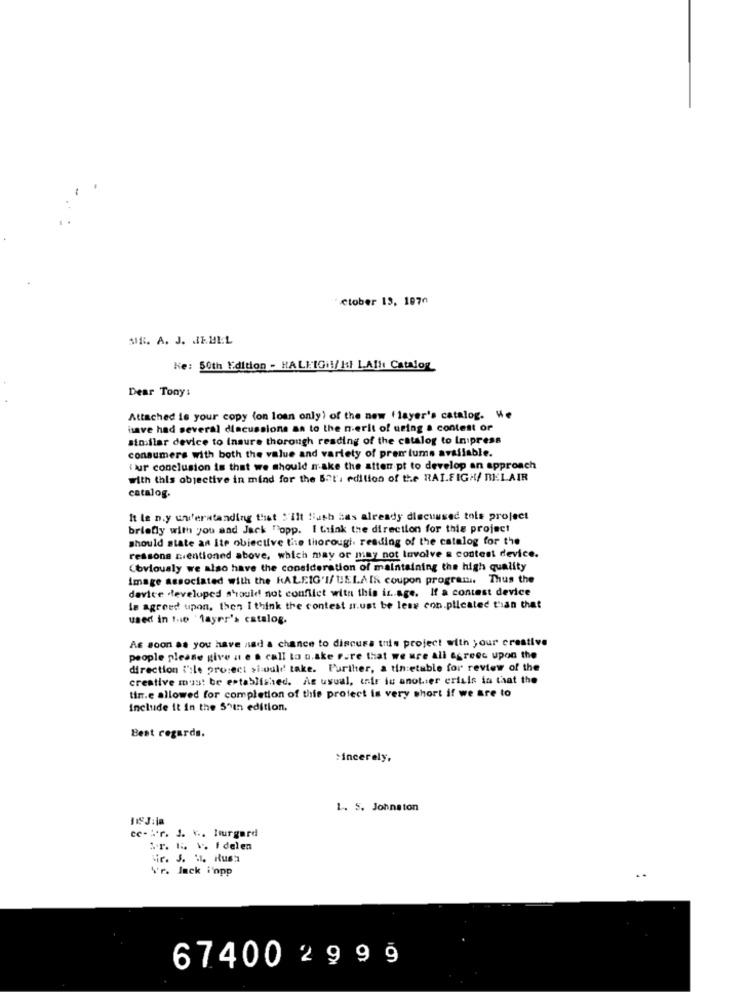
ctober 13, 1970
MR. A. J. JEMEL
Ke: 50th Edition - HALE[Gi!/ Hl L.All Catalog
Dear Tony:
Attached is your copy (on loan only) of the new ( layer's catalog. We
have had several discussions as to the n-erit of using a contest or
siniflar device to Insure thorough reading of the catalog to In press
consumers with both the value and variety of premiums available.
Tur conclusion is that we should make the atten pt to develop an approach
with this objective in mind for the 521'i edition of the RAIFIGH/ BELAIR
catalog.
It le n.y understanding that "'ilt Hash has already discussed tols project
briefly with you and Jack "opp. I think the direction for this project
should state an ite obiective the thorough. reading of the catalog for the
reasons zentioned above, which may or may not lavolve a contest device.
Covioualy we also have the consideration of maintaining the high quality
Image associated with the RALEIG'I/ UELAIS coupon program. Thus the
device .developed should not confilet with this is. age. If a contest device
le agreed upon, then I think the contest sr.ust be less con.plicated than that
used in the 'layer's catalog.
As soon as you have nad a chance to discuss this project with your creative
people please give it e a call to u.ake Fare that we are all agreec upon the
direction l'ile project sicould take. Further, a tin etable for review of the
creative must be established. As usual, infr in anotier crisis is that the
tir.e allowed for completion of this project is very short if we are to
Include it in the 5th edition.
Best regards.
sincerely,
1. 5. Johnston
ce-tr. J. k .. Hurgard
Sr. L. .. I delen
Vr. J. 11. Rust
4'r. Jack i'opp
67400 29 9 9